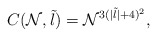
\begin{align*}C(\mathcal{N},\tilde l)=\mathcal{N}^{3(|\tilde l|+4)^2},\end{align*}